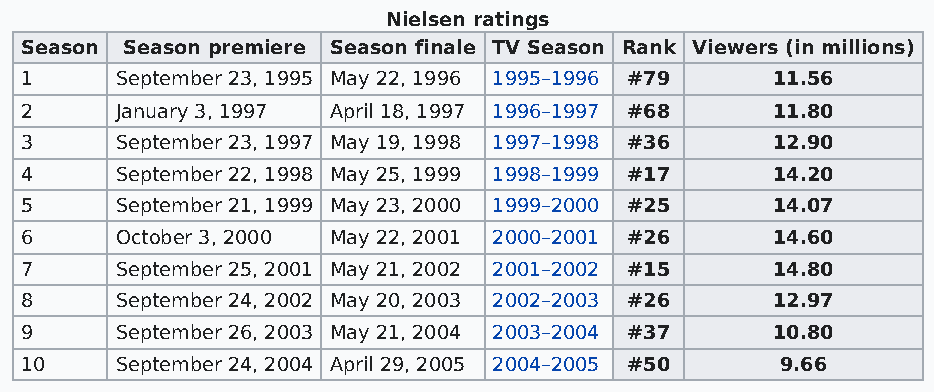
Nielsen ratings
 Season Season premiere Season finale TV Season Rank Viewers (in millions)
 1      September 23, 1995 May 22, 1996 1995–1996 #79 11.56
 2      January 3, 1997 April 18, 1997 1996–1997 #68 11.80
 3      September 23, 1997 May 19, 1998 1997–1998 #36 12.90
 4      September 22, 1998 May 25, 1999 1998–1999 #17 14.20
 5      September 21, 1999 May 23, 2000 1999–2000 #25 14.07
 6      October 3, 2000 May 22, 2001 2000–2001 #26 14.60
 7      September 25, 2001 May 21, 2002 2001–2002 #15 14.80
 8      September 24, 2002 May 20, 2003 2002–2003 #26 12.97
 9      September 26, 2003 May 21, 2004 2003–2004 #37 10.80
 10     September 24, 2004 April 29, 2005 2004–2005 #50 9.66